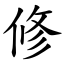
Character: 修